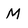
Character: M